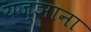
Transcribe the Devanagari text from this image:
यज्ञाना